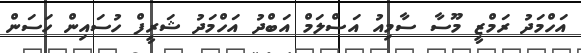
އަހްމަދު ރަމްޒީ މޫސާ ސާމިއު އަސްލަމް އަބްދު އަހްމަދު ޝަރީފް ހުސައިން ހަސަން